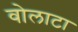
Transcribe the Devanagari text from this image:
वोलाटा